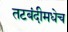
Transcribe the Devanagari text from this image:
तटबंदीमधेच